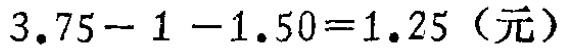
$3.75 - 1 - 1.50 = 1.25 \text{（元）}$